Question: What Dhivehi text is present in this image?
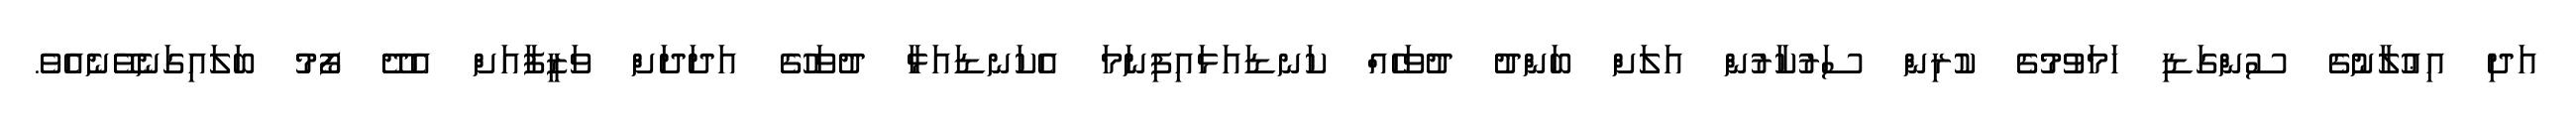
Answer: އަދި އިޢުލާނުގެ ސުންގަޑި ހަމަވުމުގެ ކުރިން ސަރުކާރުން އަލަށް ބަންދު ދުވަހެއް ކަނޑައަޅައިފިނަމަ އެކަނޑައަޅާ ދުވަހުގެ އަދަދަށް ވަޒީފާއަށް އެދޭ ފޯމު ބަލައިގަނެވޭނެއެވެ.